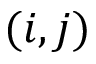
( i , j )